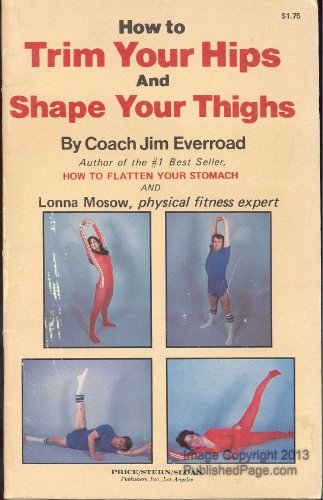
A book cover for How to Trim Your Hips and Shape Your Thighs; Jim Everroad; Health, Fitness & Dieting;